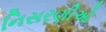
નિસરણીઓ